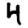
Digit: 4